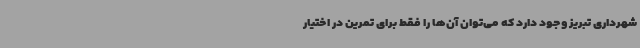
شهرداری تبریز وجود دارد که می‌توان آن‌ها را فقط برای تمرین در اختیار